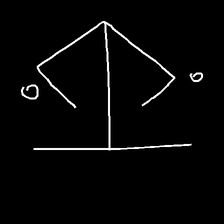
Glyph: earth